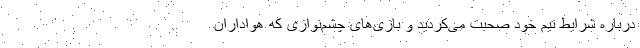
درباره شرایط تیم خود صحبت می‌کردید و بازی‌های چشم‌نوازی که هواداران